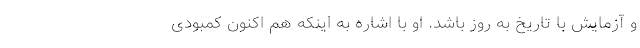
و آزمایش با تاریخ به روز باشد. او با اشاره به اینکه هم اکنون کمبودی